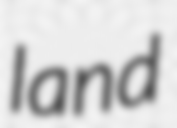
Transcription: land